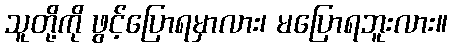
သူတို့ကို ဖွင့်ပြောရမှာလား၊ မပြောရဘူးလား။